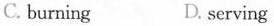
C. burning D. serving